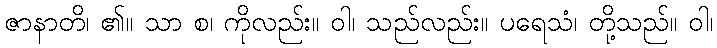
ဇာနာတိ၊ ၏။ သာ စ၊ ကိုလည်း။ ဝါ၊ သည်လည်း။ ပရေသံ၊ တို့သည်။ ဝါ၊